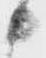
候